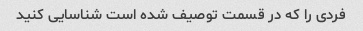
فردی را که در قسمت توصیف شده است شناسایی کنید